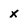
Character: X